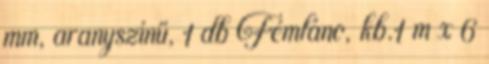
mm, aranyszínű, 1 db Fémlánc, kb.1 m x 6